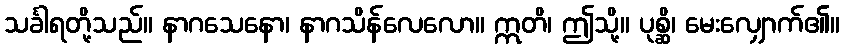
သင်္ခါရတို့သည်။ နာဂသေနော၊ နာဂသိန်လေလော။ ဣတိ၊ ဤသို့။ ပုစ္ဆိ၊ မေးလျှောက်၏။